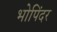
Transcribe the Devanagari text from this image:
भोपिंदर